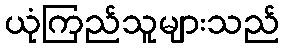
ယုံကြည်သူများသည်